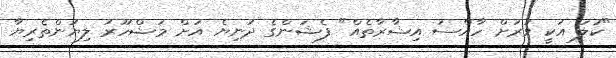
"ކުލަ އަކީ ވަރަށް ހާއްސަ އިޝާރާތެއް" ފެޝަންގެ ދުނިޔެ އަށް މަޝްހޫރު ލިޔުންތެރިޔާ